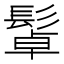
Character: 𩭟